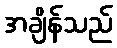
အချိန်သည်